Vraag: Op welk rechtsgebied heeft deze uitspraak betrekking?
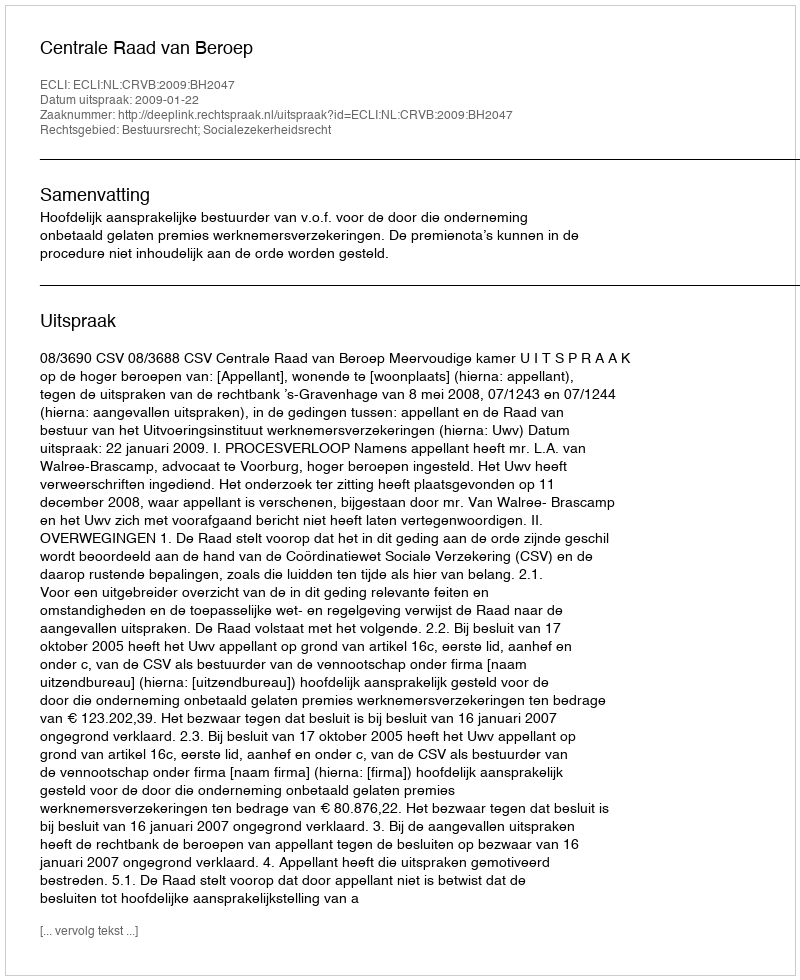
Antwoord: Bestuursrecht; Socialezekerheidsrecht